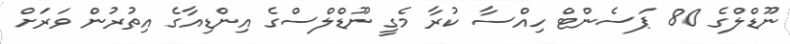
ނޫޑްލްގެ 80 ޕަސެންޓް ހިއްސާ ކުރާ މެގީ ނޫޑްލްސްގެ އިންޑިއާގެ އިތުރުން ވަރަށް